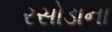
રસોડાના